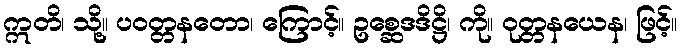
ဣတိ၊ သို့။ ပဝတ္တနတော၊ ကြောင့်။ ဥစ္ဆေဒဒိဋ္ဌိ၊ ကို။ ဝုတ္တနယေန၊ ဖြင့်။